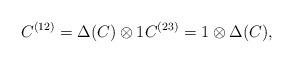
LaTeX: \begin{gather*} C^{(12)}=\Delta(C)\otimes 1C^{(23)}=1\otimes \Delta(C),\end{gather*}